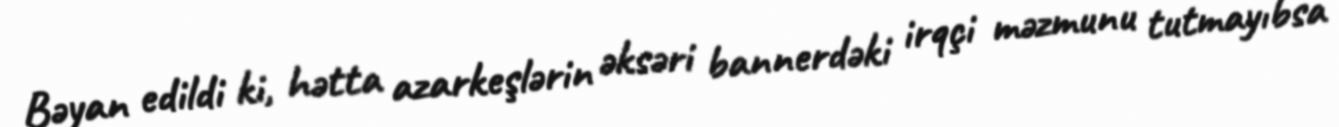
Bəyan edildi ki, hətta azarkeşlərin əksəri bannerdəki irqçi məzmunu tutmayıbsa